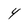
Character: 4